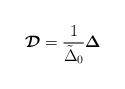
LaTeX: \begin{align*}\mbox{\boldmath{${\cal D}$}}={1\over \tilde \Delta_0}\mbox{\boldmath{$\Delta$}}\end{align*}